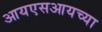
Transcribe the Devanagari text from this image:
आयएसआयच्या